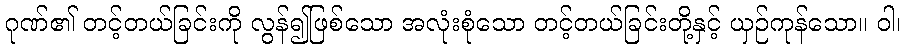
ဂုဏ်၏ တင့်တယ်ခြင်းကို လွန်၍ဖြစ်သော အလုံးစုံသော တင့်တယ်ခြင်းတို့နှင့် ယှဉ်ကုန်သော။ ဝါ၊